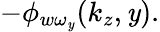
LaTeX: -\phi_{w\omega_{\mathit{y}}}(k_{z},\mathit{y}).